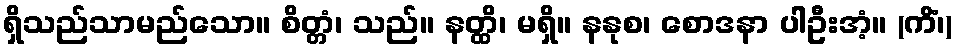
ရှိသည်သာမည်သော။ စိတ္တံ၊ သည်။ နတ္ထိ၊ မရှိ။ နနုစ၊ စောဒနာ ပါဦးအံ့။ (ကိံ၊)